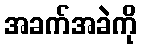
အခက်အခဲကို